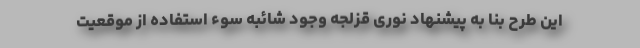
این طرح بنا به پیشنهاد نوری قزلجه وجود شائبه سوء استفاده از موقعیت